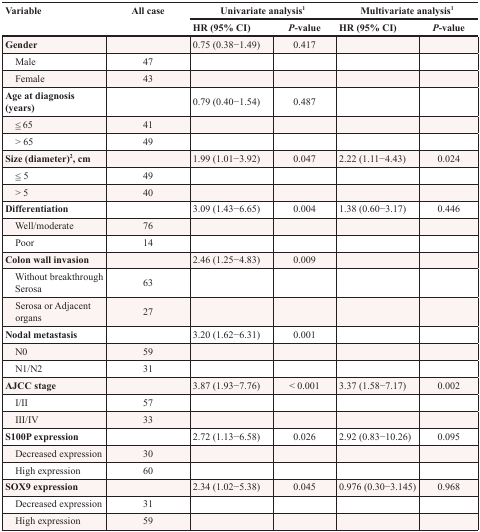
<table><thead><tr><td rowspan="2"><b>Variable</b></td><td rowspan="2"><b>All case</b></td><td colspan="2"><b>Univariate analysis<sup>1</sup></b></td><td colspan="2"><b>Multivariate analysis<sup>1</sup></b></td></tr><tr><td><b>HR (95% CI)</b></td><td><b><i>P</i>-value</b></td><td><b>HR (95% CI)</b></td><td><b><i>P</i>-value</b></td></tr></thead><tbody><tr><td><b>Gender</b></td><td></td><td>0.75 (0.38−1.49)</td><td>0.417</td><td></td><td></td></tr><tr><td> Male</td><td>47</td><td></td><td></td><td></td><td></td></tr><tr><td> Female</td><td>43</td><td></td><td></td><td></td><td></td></tr><tr><td><b>Age at diagnosis (years)</b></td><td></td><td>0.79 (0.40−1.54)</td><td>0.487</td><td></td><td></td></tr><tr><td> ≦65</td><td>41</td><td></td><td></td><td></td><td></td></tr><tr><td> &gt;65</td><td>49</td><td></td><td></td><td></td><td></td></tr><tr><td><b>Size (diameter)</b><sup>2</sup><b>, cm</b></td><td></td><td>1.99 (1.01−3.92)</td><td>0.047</td><td>2.22 (1.11−4.43)</td><td>0.024</td></tr><tr><td> ≦5</td><td>49</td><td></td><td></td><td></td><td></td></tr><tr><td> &gt;5</td><td>40</td><td></td><td></td><td></td><td></td></tr><tr><td><b>Differentiation</b></td><td></td><td>3.09 (1.43−6.65)</td><td>0.004</td><td>1.38 (0.60−3.17)</td><td>0.446</td></tr><tr><td> Well/moderate</td><td>76</td><td></td><td></td><td></td><td></td></tr><tr><td> Poor</td><td>14</td><td></td><td></td><td></td><td></td></tr><tr><td><b>Colon wall invasion</b></td><td></td><td>2.46 (1.25−4.83)</td><td>0.009</td><td></td><td></td></tr><tr><td> Without breakthrough Serosa</td><td>63</td><td></td><td></td><td></td><td></td></tr><tr><td> Serosa or Adjacent organs</td><td>27</td><td></td><td></td><td></td><td></td></tr><tr><td><b>Nodal metastasis</b></td><td></td><td>3.20 (1.62−6.31)</td><td>0.001</td><td></td><td></td></tr><tr><td> N0</td><td>59</td><td></td><td></td><td></td><td></td></tr><tr><td> N1/N2</td><td>31</td><td></td><td></td><td></td><td></td></tr><tr><td><b>AJCC stage</b></td><td></td><td>3.87 (1.93−7.76)</td><td>&lt;0.001</td><td>3.37 (1.58−7.17)</td><td>0.002</td></tr><tr><td> I/II</td><td>57</td><td></td><td></td><td></td><td></td></tr><tr><td> III/IV</td><td>33</td><td></td><td></td><td></td><td></td></tr><tr><td><b>S100P expression</b></td><td></td><td>2.72 (1.13−6.58)</td><td>0.026</td><td>2.92 (0.83−10.26)</td><td>0.095</td></tr><tr><td> Decreased expression</td><td>30</td><td></td><td></td><td></td><td></td></tr><tr><td> High expression</td><td>60</td><td></td><td></td><td></td><td></td></tr><tr><td><b>SOX9 expression</b></td><td></td><td>2.34 (1.02−5.38)</td><td>0.045</td><td>0.976 (0.30−3.145)</td><td>0.968</td></tr><tr><td> Decreased expression</td><td>31</td><td></td><td></td><td></td><td></td></tr><tr><td> High expression</td><td>59</td><td></td><td></td><td></td><td></td></tr></tbody></table>